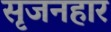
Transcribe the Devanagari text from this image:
सृजनहार